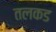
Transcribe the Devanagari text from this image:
तलकड